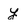
Character: y